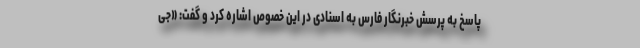
پاسخ به پرسش خبرنگار فارس به اسنادی در این خصوص اشاره کرد و گفت: «جی